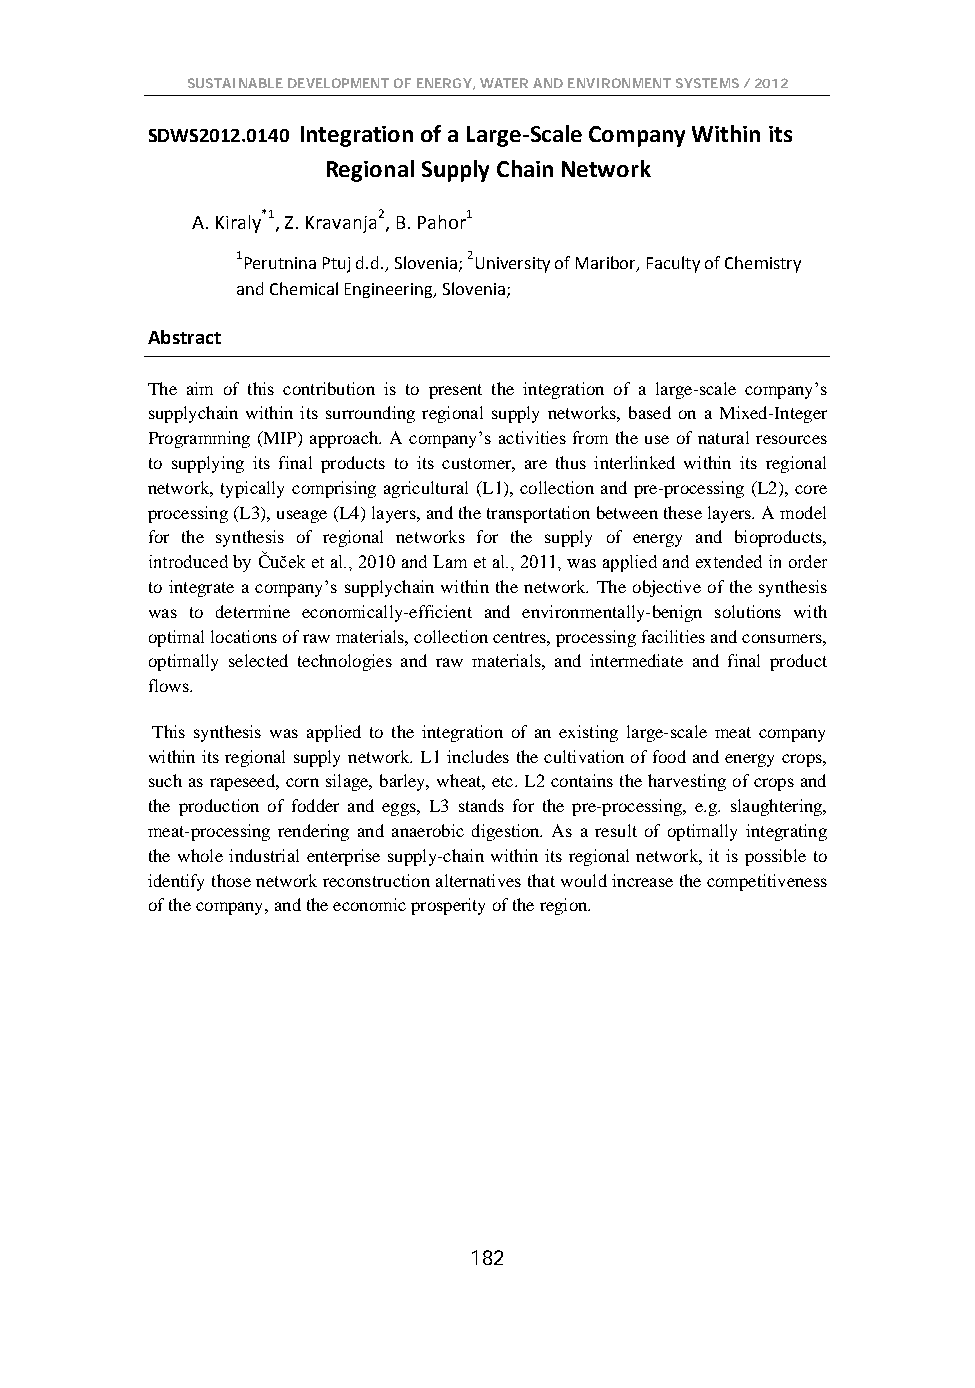
SUSTAINABLE DEVELOPMENT OF ENERGY, WATER AND ENVIRONMENT SYSTEMS / 2012
 SDWS2012.0140 Integration of a Large-Scale Company Within its
 Regional Supply Chain Network
 A. Kiraly*1, Z. Kravanja2, B. Pahor1
 1Perutnina Ptuj d.d., Slovenia; 2University of Maribor, Faculty of Chemistry
 and Chemical Engineering, Slovenia;
 Abstract
 The aim of this contribution is to present the integration of a large-scale company’s
 supplychain within its surrounding regional supply networks, based on a Mixed-Integer
 Programming (MIP) approach. A company’s activities from the use of natural resources
 to supplying its final products to its customer, are thus interlinked within its regional
 network, typically comprising agricultural (L1), collection and pre-processing (L2), core
 processing (L3), useage (L4) layers, and the transportation between these layers. A model
 for the synthesis of regional networks for the supply of energy and bioproducts,
 introduced by Čuček et al., 2010 and Lam et al., 2011, was applied and extended in order
 to integrate a company’s supplychain within the network. The objective of the synthesis
 was to determine economically-efficient and environmentally-benign solutions with
 optimal locations of raw materials, collection centres, processing facilities and consumers,
 optimally selected technologies and raw materials, and intermediate and final product
 flows.
 This synthesis was applied to the integration of an existing large-scale meat company
 within its regional supply network. L1 includes the cultivation of food and energy crops,
 such as rapeseed, corn silage, barley, wheat, etc. L2 contains the harvesting of crops and
 the production of fodder and eggs, L3 stands for the pre-processing, e.g. slaughtering,
 meat-processing rendering and anaerobic digestion. As a result of optimally integrating
 the whole industrial enterprise supply-chain within its regional network, it is possible to
 identify those network reconstruction alternatives that would increase the competitiveness
 of the company, and the economic prosperity of the region.
 182